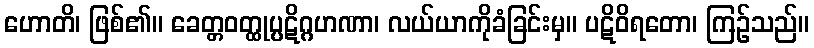
ဟောတိ၊ ဖြစ်၏။ ခေတ္တဝတ္ထုပ္ပဋိဂ္ဂဟဏာ၊ လယ်ယာကိုခံခြင်းမှ။ ပဋိဝိရတော၊ ကြဉ်သည်။